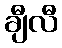
ချီလီ